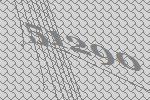
51290